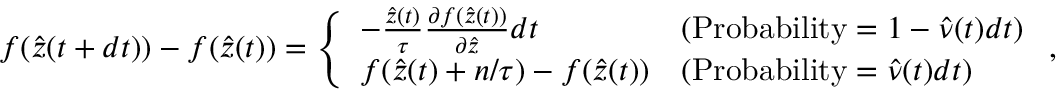
f ( \hat { z } ( t + d t ) ) - f ( \hat { z } ( t ) ) = \left\{ \begin{array} { l l } { - \frac { \hat { z } ( t ) } { \tau } \frac { \partial f ( \hat { z } ( t ) ) } { \partial \hat { z } } d t } & { ( \mathrm { P r o b a b i l i t y } = 1 - \hat { \nu } ( t ) d t ) } \\ { f ( \hat { z } ( t ) + n / \tau ) - f ( \hat { z } ( t ) ) } & { ( \mathrm { P r o b a b i l i t y } = \hat { \nu } ( t ) d t ) } \end{array} \right. ,